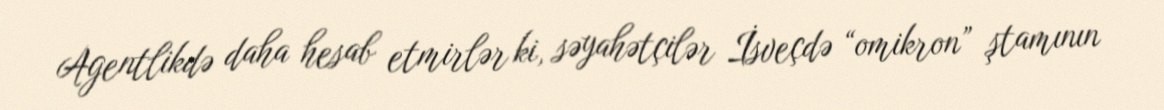
Agentlikdə daha hesab etmirlər ki, səyahətçilər İsveçdə “omikron” ştamının